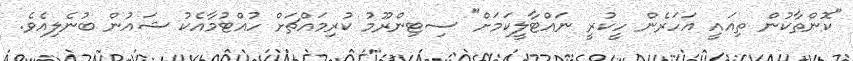
"ކޮންތާކުން ތިއައީ އަހަރެން ހީކުރީ ނައްޓާލީކަމަށް" ސިޓިންރޫމު ކުރިމައްޗަށް ހުއްޓުމާއެކު ޝައުން ބުނެލިއެވެ.